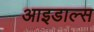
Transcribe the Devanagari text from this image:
आइडाल्स